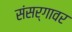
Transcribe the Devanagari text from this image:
संसर्गावर